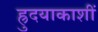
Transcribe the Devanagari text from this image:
ह्रुदयाकाशीं